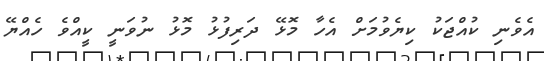
އެވެނި ކުއްޖަކު ކިޔެވުމަށް އެހާ މޮޅޭ ދަރިފުޅު މޮޅު ނުވަނީ ކީއްވެ ހެއްޔޭ